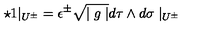
\star 1 { \mid _ { U ^ { \pm } } } = \epsilon ^ { \pm } \sqrt { \mid g \mid } d \tau \wedge d \sigma \mid _ { U ^ { \pm } }